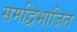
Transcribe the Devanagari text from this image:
समद्विभाजित